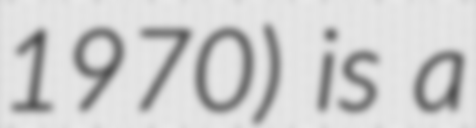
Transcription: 1970) is a